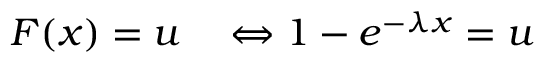
\begin{array} { r l } { F ( x ) = u } & { { } \Leftrightarrow 1 - e ^ { - \lambda x } = u } \end{array}